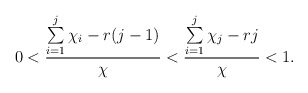
\begin{align*}0 < \frac{ \sum\limits _{i=1}^j\chi_i - r(j-1)}{\chi} < \frac{\sum\limits_{i=1}^j\chi_j-rj}{\chi} < 1. \end{align*}